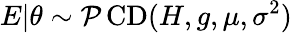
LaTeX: E|\theta\sim\operatorname{\mathcal{P}CD}(H,g,\mu,\sigma^{2})